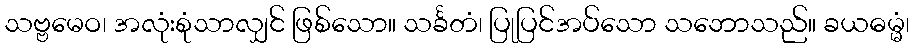
သဗ္ဗမေဝ၊ အလုံးစုံသာလျှင် ဖြစ်သော။ သင်္ခတံ၊ ပြုပြင်အပ်သော သဘောသည်။ ခယဓမ္မံ၊